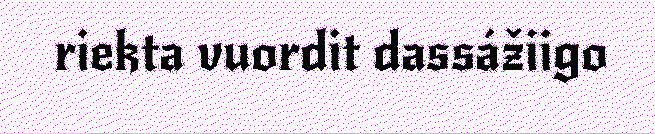
riekta vuordit dassážiigo